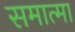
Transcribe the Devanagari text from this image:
समात्मा